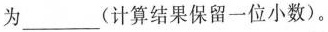
为___(计算结果保留一位小数)。